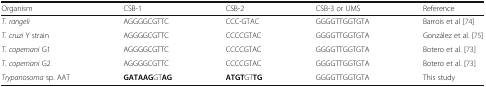
<table><thead><tr><td><b>Organism</b></td><td><b>CSB-1</b></td><td><b>CSB-2</b></td><td><b>CSB-3 or UMS</b></td><td><b>Reference</b></td></tr></thead><tbody><tr><td><i>T. rangeli</i></td><td>AGGGGCGTTC</td><td>CCC-GTAC</td><td>GGGGTTGGTGTA</td><td>Barrois et al [74]</td></tr><tr><td><i>T. cruzi</i> Y strain</td><td>AGGGGCGTTC</td><td>CCCCGTAC</td><td>GGGGTTGGTGTA</td><td>González et al. [75]</td></tr><tr><td><i>T. copemani</i> G1</td><td>AGGGGCGTTC</td><td>CCCCGTAC</td><td>GGGGTTGGTGTA</td><td>Botero et al. [73]</td></tr><tr><td><i>T. copemani</i> G2</td><td>AGGGGCGTTC</td><td>CCCCGTAC</td><td>GGGGTTGGTGTA</td><td>Botero et al. [73]</td></tr><tr><td><i>Trypanosoma</i> sp. AAT</td><td><b>GATAAG</b>GT<b>AG</b></td><td><b>ATGT</b>GT<b>TG</b></td><td>GGGGTTGGTGTA</td><td>This study</td></tr></tbody></table>